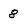
Character: 8